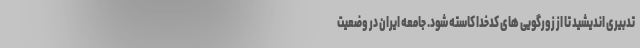
تدبیری اندیشید تا از زورگویی های کدخدا کاسته شود. جامعه ایران در وضعیت